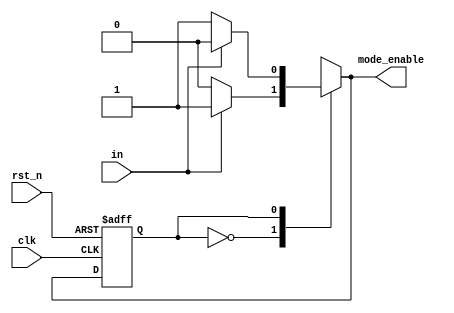
`timescale 1ns / 1ps

module fsm_2state(
  output reg mode_enable,  
  input in,
  input clk, 
  input rst_n  
);

reg state; 
reg next_state; 

always @*
  case (state)
    1'b0:
      if (in)
      begin
        next_state = 1'b1;
        mode_enable = 1'b1;
      end
      else
      begin
        next_state = 1'b0;
        mode_enable = 1'b0;
      end
    1'b1:
      if (in)
      begin
        next_state = 1'b0;
        mode_enable = 1'b0;
      end
      else
      begin
        next_state = 1'b1;
        mode_enable = 1'b1;
      end
    default:
      begin
        next_state = 1'b0;	 
        mode_enable = 1'b0;
    end
  endcase

always @(posedge clk or negedge rst_n)
begin
  if (~rst_n)
    state <= 1'b0;
  else
    state <= next_state;
end

endmodule